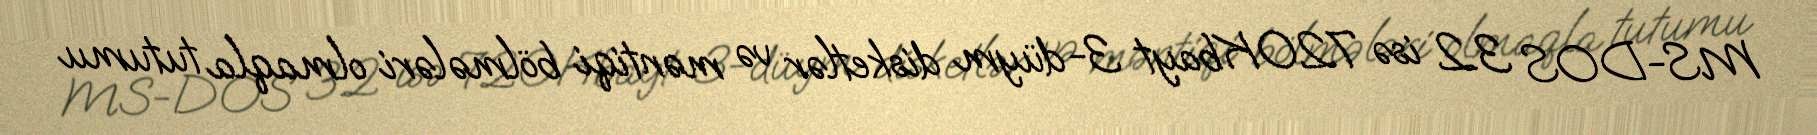
MS-DOS 3.2 isə 720Kbayt 3-düym disketlər və məntiqi bölmələri olmaqla tutumu